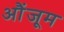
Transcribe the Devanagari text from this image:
औंजूम